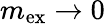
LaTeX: m_{\mathrm{ex}}\rightarrow 0